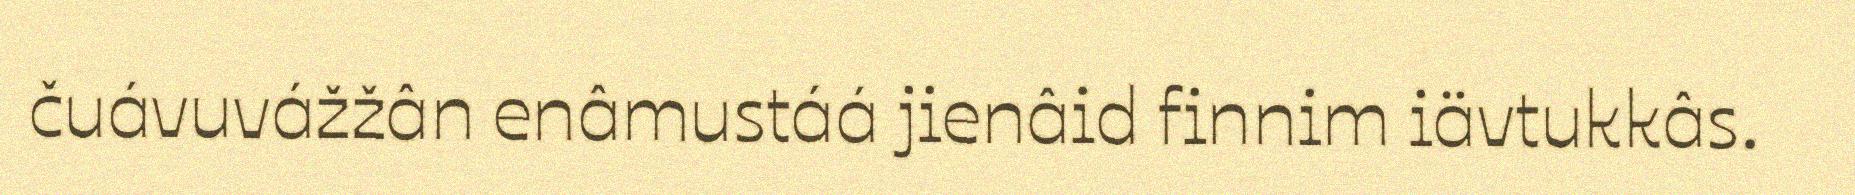
čuávuvážžân enâmustáá jienâid finnim iävtukkâs.